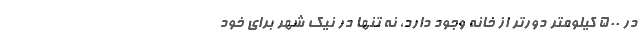
در ۵۰۰ کیلومتر دورتر از خانه وجود دارد، نه تنها در نیک شهر برای خود